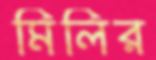
মিলির